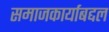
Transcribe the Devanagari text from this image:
समाजकार्याबद्दल